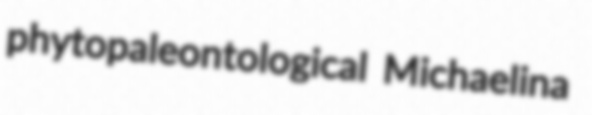
phytopaleontological Michaelina